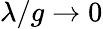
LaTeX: \lambda/g\to 0